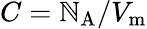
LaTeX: C=\mathbb{N}_{\mathrm{{A}}}/V_{\mathrm{{m}}}